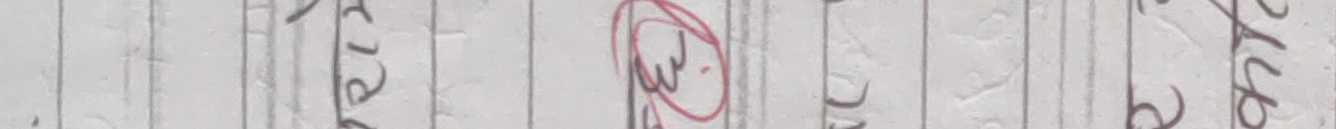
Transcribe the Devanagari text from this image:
कु